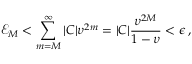
\mathcal { E } _ { M } < \sum _ { m = M } ^ { \infty } | C | \upsilon ^ { 2 m } = | C | \frac { \upsilon ^ { 2 M } } { 1 - \upsilon } < \epsilon \, ,